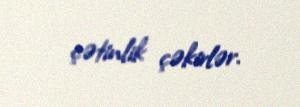
çətinlik çəkirlər.